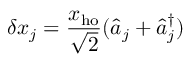
\delta x _ { j } = \frac { x _ { \mathrm { h o } } } { \sqrt { 2 } } ( \hat { a } _ { j } + \hat { a } _ { j } ^ { \dagger } )